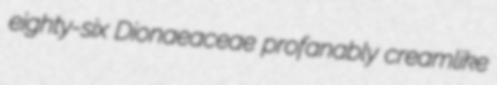
eighty-six Dionaeaceae profanably creamlike